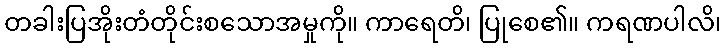
တခါးပြအိုးတံတိုင်းစသောအမှုကို။ ကာရေတိ၊ ပြုစေ၏။ ကရဏပါလိ၊